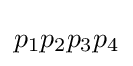
p_{1}p_{2}p_{3}p_{4}